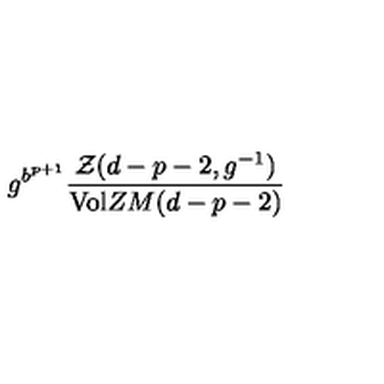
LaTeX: g ^ { b ^ { p + 1 } } \frac { { \cal { Z } } ( d - p - 2 , g ^ { - 1 } ) } { \mathrm { V o l } Z M ( d - p - 2 ) }